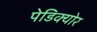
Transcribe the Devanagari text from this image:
पेडिक्‍योर